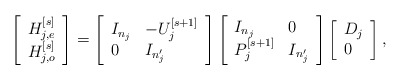
\begin{align*}\left[\begin{array}{l}H_{j,e}^{[s]} \\ H_{j,o}^{[s]}\end{array}\right]=\left[\begin{array}{ll}I_{n_j} & -U_j^{[s+1]} \\ 0 & I_{n_j'}\end{array}\right]\left[\begin{array}{ll}I_{n_j} & 0 \\ P_j^{[s+1]} & I_{n_j'}\end{array}\right]\left[\begin{array}{l}D_j \\ 0\end{array}\right],\end{align*}